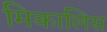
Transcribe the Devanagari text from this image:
मिकालिस